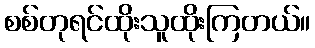
စစ်တုရင်ထိုးသူထိုးကြတယ်။